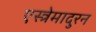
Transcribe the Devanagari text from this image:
एस्त्रेमादुरन